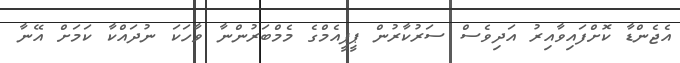
އެޖެންޑާ ކޮށްފައިވާއިރު އަދިވެސް ސަރުކާރުން ޕީޕީއެމްގެ މެމްބަރުންނާ ވާހަކަ ނުދައްކާ ކަމަށް އޭނާ